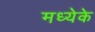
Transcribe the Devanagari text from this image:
मध्येके